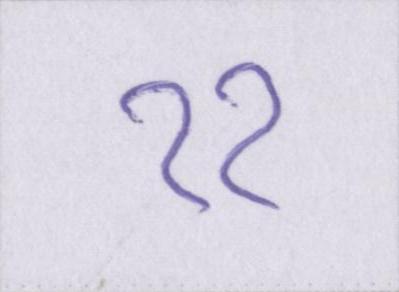
११